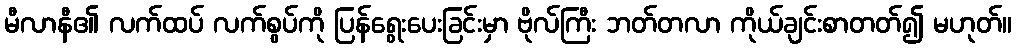
မီလာနီ၏ လက်ထပ် လက်စွပ်ကို ပြန်ရွေးပေးခြင်းမှာ ဗိုလ်ကြီး ဘတ်တလာ ကိုယ်ချင်းစာတတ်၍ မဟုတ်။